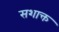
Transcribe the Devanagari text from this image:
सशाक्त